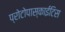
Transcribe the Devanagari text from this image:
प्रोटोपास्काईटिस